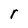
Character: r